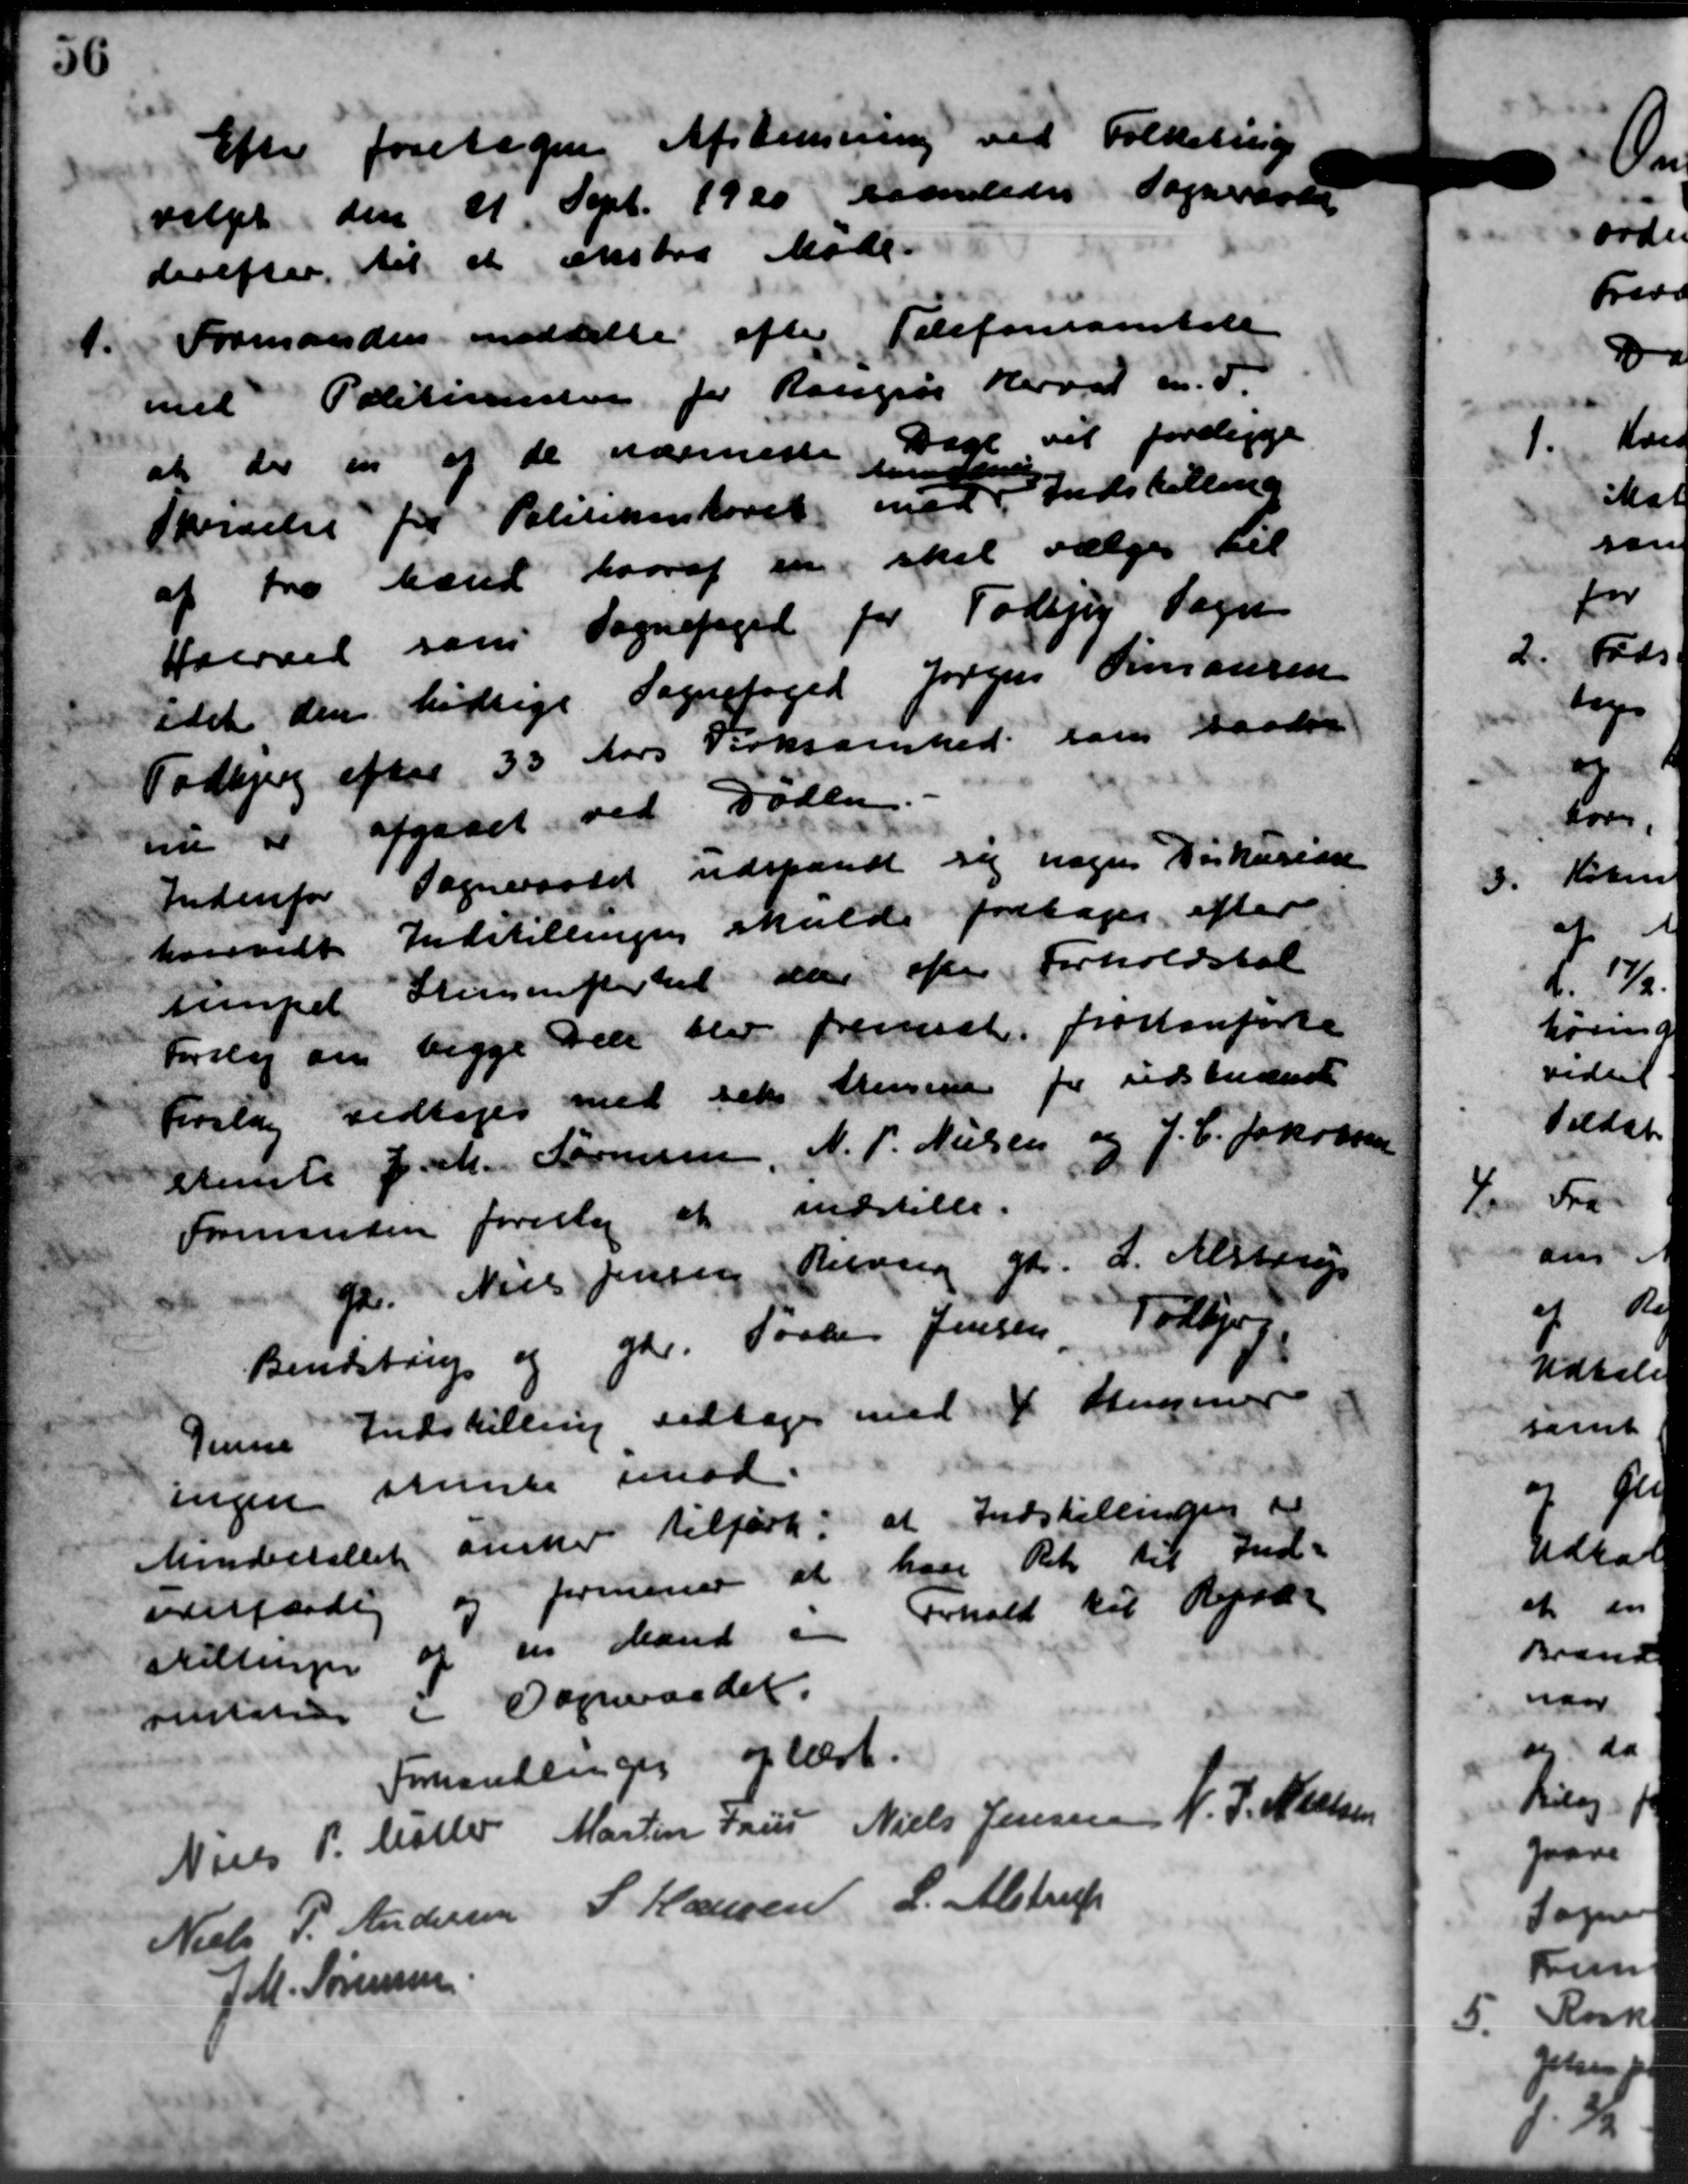
Transskription:
Efter foretage Afstemning ved Folketing
valget den 21 Sept. 1920 saaleder Sogneraadet
derefter til at ekstra Møde.
1.
Formanden meddelte efter Telefonsamtide
med Politimesteren for Rougsø Hervel m. F.
at der en af de nærmeste Dage vil foreligge
Skrivelse for Politikenstoret med
handlede
Indstilling
af Fra Mand hvoraf en skal vælges til
Hverved som Sognefoged for Todbjerg Sogn
idet den høstlige Sognefoged Jørgens Simonsen
Todbjerg efter 33 Aars Virksomhed som baaden
t afgaaet ved Døden
Indenfor Sogneraadet udskendt sig nogens Dirkulære
hosevelt Indstillingen skulde foretages efter
tempel Steenkirket var efter Forholdstal
Forslag om begge Den blev fremset, frostenførte
Forslag vedtoges med sit Arensen for udskudende
Stemte Joh. Sørensen, N. P. Nielsen og J. C. Jakobsen
Formanden foreslog at indstille.
Gdr. Niels Jensen Anning gdr. L. Alstrup
Bendstrup og Gdr. Torben Jensen, Todbjerg
Denne Indstilling vedtoges med 4 Stengener
ingen stente imod.
Mindertallet ønsker tilført. at Indstillingen og
vefærdig og formener at have Ret til Ind=
stillingen af en Mand  Forhold til Kjød-
titation i Sogneraadet.
Forhandlinger oplæst.
Niels P. Møller
Martin Fru
Niels Jensen
N. J. Nielsen
Niels P. Andersen
S Hansen
L. Alstrup
J. M. Sørensen